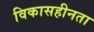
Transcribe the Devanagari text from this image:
विकासहीनता